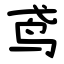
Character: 鸢